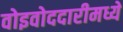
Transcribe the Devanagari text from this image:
वोइवोददारीमध्ये